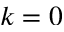
k = 0